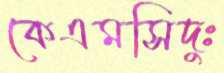
কেএমসিদুঃ